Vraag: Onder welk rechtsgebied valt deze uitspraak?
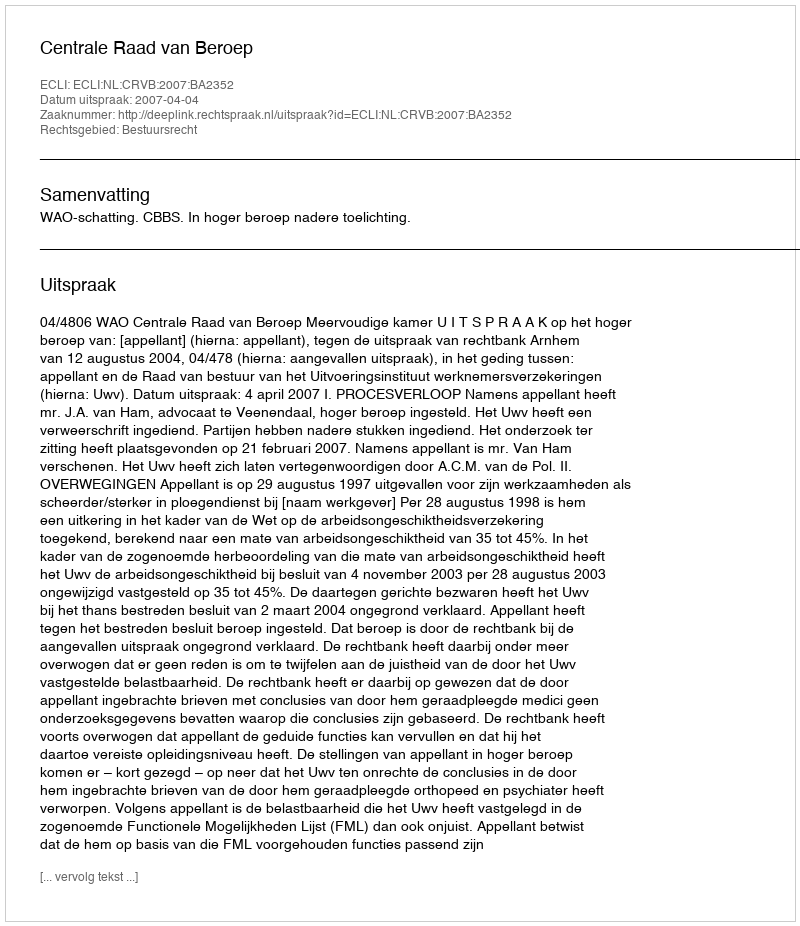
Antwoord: Bestuursrecht